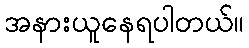
အနားယူနေရပါတယ်။